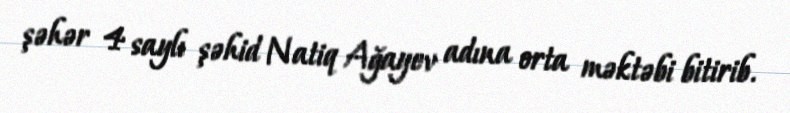
şəhər 4 saylı şəhid Natiq Ağayev adına orta məktəbi bitirib.